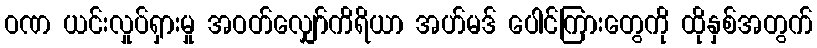
ဝဏ ယင်းလှုပ်ရှားမှု အဝတ်လျှော်ကိရိယာ အဟ်မဒ် ပေါင်ကြားတွေကို ထိုနှစ်အတွက်